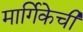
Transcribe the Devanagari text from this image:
मार्गिकेची